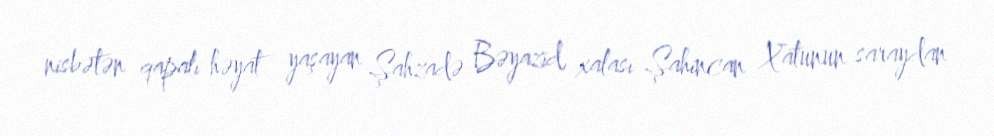
nisbətən qapalı həyat yaşayan Şahzadə Bəyazid, xalası Şahincan Xatunun saraydan